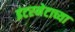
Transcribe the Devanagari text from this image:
इंटरनेटाच्या